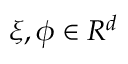
\xi , \phi \in R ^ { d }